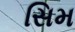
સિમ